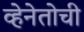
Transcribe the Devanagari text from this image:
व्हेनेतोची